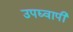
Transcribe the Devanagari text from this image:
उपद्य्वापी